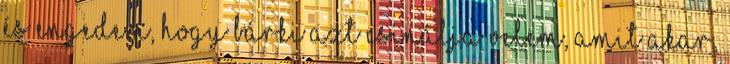
és engedem, hogy bárki azt csinálja velem, amit akar,